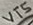
Text: VT5